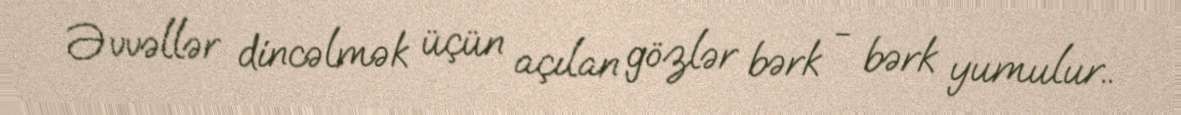
Əvvəllər dincəlmək üçün açılan gözlər bərk - bərk yumulur..